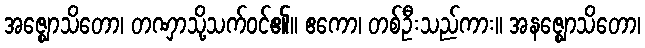
အဇ္ဈောသိတော၊ တဏှာသို့သက်ဝင်၏။ ဧကော၊ တစ်ဦးသည်ကား။ အနဇ္ဈောသိတော၊